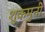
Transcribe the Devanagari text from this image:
शुकमुनी